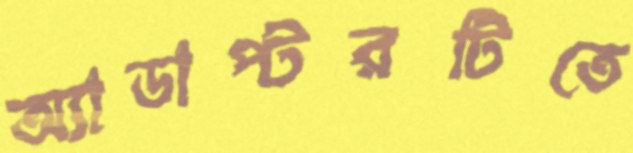
অ্যাডাপ্টরটিতে